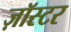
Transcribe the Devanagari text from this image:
ज़ॉस्टर